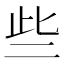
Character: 些